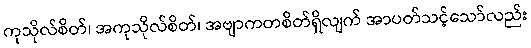
ကုသိုလ်စိတ်၊ အကုသိုလ်စိတ်၊ အဗျာကတစိတ်ရှိလျက် အာပတ်သင့်သော်လည်း